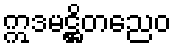
ဣဒမဋ္ဌိတညေဝ